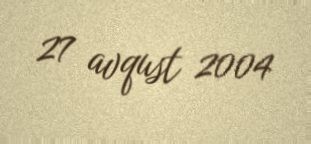
27 avqust 2004